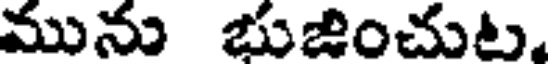
మును భుజించుట.